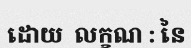
ដោយ  លក្ខណ : នៃ